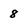
Character: 8